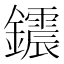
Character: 𨯂